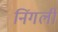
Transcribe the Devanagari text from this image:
निंगली